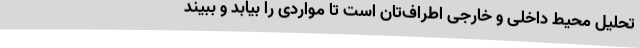
تحلیل محیط داخلی و خارجی اطراف‌تان است تا مواردی را بیابد و ببیند